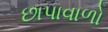
છાપાવાળો